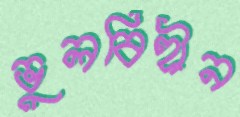
ভুলবিহীন